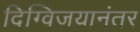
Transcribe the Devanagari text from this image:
दिग्विजयानंतर